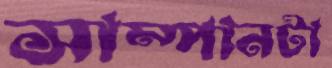
সাম্পানটা